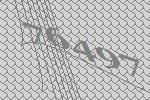
76497